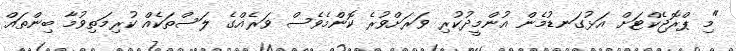
"މި ޕްރޮޖެކްޓަށް އަޅުގަނޑުމެން އުންމީދުކުރި ވަރަށްވުރެ ކޮންމެވެސް ވަރެއްގެ ލަސްތަކެއް ކުރިމަތިވުމާ ބިންތައް